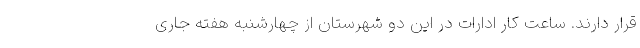
قرار دارند. ساعت کار ادارات در این دو شهرستان از چهارشنبه هفته جاری